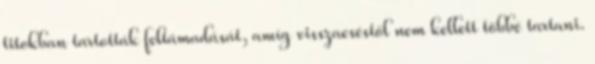
titokban tartották feltámadását, amíg visszaeséstől nem kellett többé tartani.